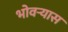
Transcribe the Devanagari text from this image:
भोवर्‍यास